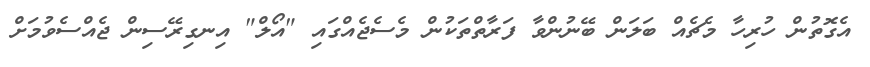
އެގޮތުން ހުރިހާ މެޗެއް ބަލަން ބޭނުންވާ ފަރާތްތަކުން މެސެޖެއްގައި "އޯލް" އިނގިރޭސިން ޖެއްސެވުމަށް